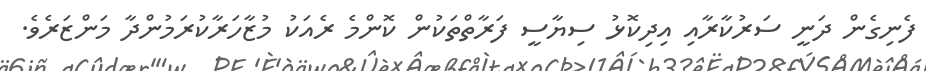
ފެނިގެން ދަނީ ސަރުކާރާއި އިދިކޮޅު ސިޔާސީ ފަރާތްތަކުން ކޮންމެ ރެއަކު މުޒާހަރާކުރަމުންދާ މަންޒަރެވެ.